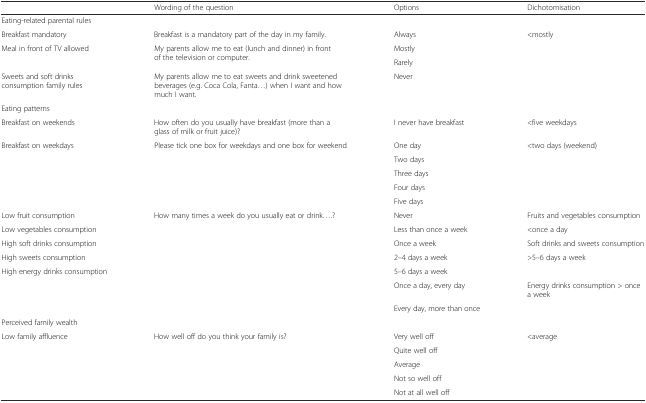
<table><thead><tr><td></td><td><b>Wording of the question</b></td><td><b>Options</b></td><td><b>Dichotomisation</b></td></tr></thead><tbody><tr><td>Eating-related parental rules</td><td></td><td></td><td></td></tr><tr><td>Breakfast mandatory</td><td>Breakfast is a mandatory part of the day in my family.</td><td>Always</td><td>&lt;mostly</td></tr><tr><td rowspan="2">Meal in front of TV allowed</td><td rowspan="2">My parents allow me to eat (lunch and dinner) in front of the television or computer.</td><td>Mostly</td><td rowspan="2"></td></tr><tr><td>Rarely</td></tr><tr><td>Sweets and soft drinks consumption family rules</td><td>My parents allow me to eat sweets and drink sweetened beverages (e.g. Coca Cola, Fanta...) when I want and how much I want.</td><td>Never</td><td></td></tr><tr><td>Eating patterns</td><td></td><td></td><td></td></tr><tr><td>Breakfast on weekends</td><td>How often do you usually have breakfast (more than a glass of milk or fruit juice)?</td><td>I never have breakfast</td><td>&lt;five weekdays</td></tr><tr><td>Breakfast on weekdays</td><td>Please tick one box for weekdays and one box for weekend</td><td>One day</td><td>&lt;two days (weekend)</td></tr><tr><td></td><td></td><td>Two days</td><td></td></tr><tr><td></td><td></td><td>Three days</td><td></td></tr><tr><td></td><td></td><td>Four days</td><td></td></tr><tr><td></td><td></td><td>Five days</td><td></td></tr><tr><td>Low fruit consumption</td><td>How many times a week do you usually eat or drink....?</td><td>Never</td><td>Fruits and vegetables consumption</td></tr><tr><td>Low vegetables consumption</td><td></td><td>Less than once a week</td><td>&lt;once a day</td></tr><tr><td>High soft drinks consumption</td><td></td><td>Once a week</td><td>Soft drinks and sweets consumption</td></tr><tr><td>High sweets consumption</td><td></td><td>2–4 days a week</td><td>&gt;5–6 days a week</td></tr><tr><td>High energy drinks consumption</td><td></td><td>5–6 days a week</td><td></td></tr><tr><td></td><td></td><td>Once a day, every day</td><td>Energy drinks consumption &gt; once a week</td></tr><tr><td></td><td></td><td>Every day, more than once</td><td></td></tr><tr><td>Perceived family wealth</td><td></td><td></td><td></td></tr><tr><td>Low family affluence</td><td>How well off do you think your family is?</td><td>Very well off</td><td>&lt;average</td></tr><tr><td></td><td></td><td>Quite well off</td><td></td></tr><tr><td></td><td></td><td>Average</td><td></td></tr><tr><td></td><td></td><td>Not so well off</td><td></td></tr><tr><td></td><td></td><td>Not at all well off</td><td></td></tr></tbody></table>